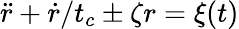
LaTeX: \ddot{r}+{\dot{r}}/t_{c}\pm\zeta r={\xi}(t)